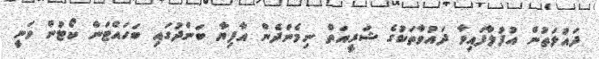
ދައުލަތުން އުފުލާފައިވާ ދައުވާތަކުގެ ޝަރީއަތް ނިމެންދެން އާފިޔާ ބަންދުގައި ބަހައްޓަން ކޯޓުން ވަނީ